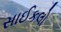
સાઈકલો